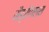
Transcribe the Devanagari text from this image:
मैड्रीगल्स